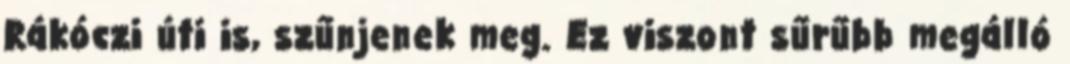
Rákóczi úti is, szűnjenek meg. Ez viszont sűrűbb megálló